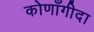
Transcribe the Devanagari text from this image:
कोणाँगीदा